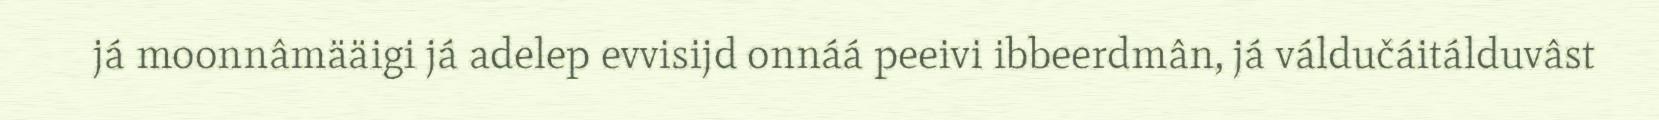
já moonnâmääigi já adelep evvisijd onnáá peeivi ibbeerdmân, já váldučáitálduvâst